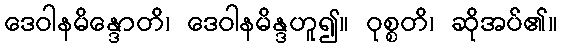
ဒေဝါနမိန္ဒောတိ၊ ဒေဝါနမိန္ဒဟူ၍။ ဝုစ္စတိ၊ ဆိုအပ်၏။